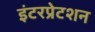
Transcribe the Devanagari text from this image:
इंटरप्रेटशन